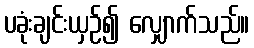
ပခုံးချင်းယှဉ်၍ လျှောက်သည်။